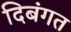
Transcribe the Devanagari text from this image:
दिबंगत